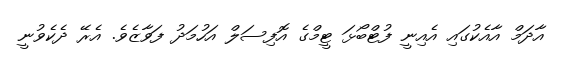
އާދަމް އާއެކުގައި އެއިނީ ފުޓްބޯޅަ ޓީމްގެ އޮފިސަލް އަހުމަދު ފަވާޒެވެ. އެރޭ ދެކެވުނީ